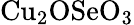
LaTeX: {\mathrm{Cu}}_{2}{\mathrm{OSeO}}_{3}